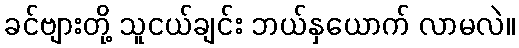
ခင်ဗျားတို့ သူငယ်ချင်း ဘယ်နှယောက် လာမလဲ။